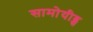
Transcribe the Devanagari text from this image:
सामोयीड्स